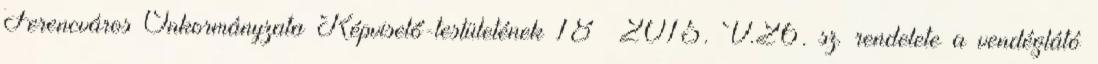
Ferencváros Önkormányzata Képviselő-testületének 18 2015. V.26. sz. rendelete a vendéglátó